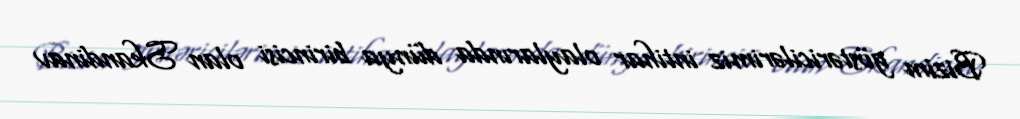
Bizim göstəricilərimiz intihar olaylarında dünya birincisi olan Skandinav